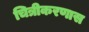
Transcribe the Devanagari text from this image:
चित्रीकरणास